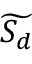
\widetilde { S _ { d } }